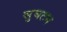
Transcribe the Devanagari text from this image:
सुघटन